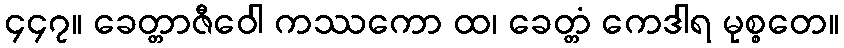
၄၄၇။ ခေတ္တာဇီဝေါ ကဿကော ထ၊ ခေတ္တံ ကေဒါရ မုစ္စတေ။